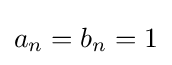
a_{n}=b_{n}=1